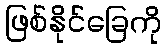
ဖြစ်နိုင်ခြေကို